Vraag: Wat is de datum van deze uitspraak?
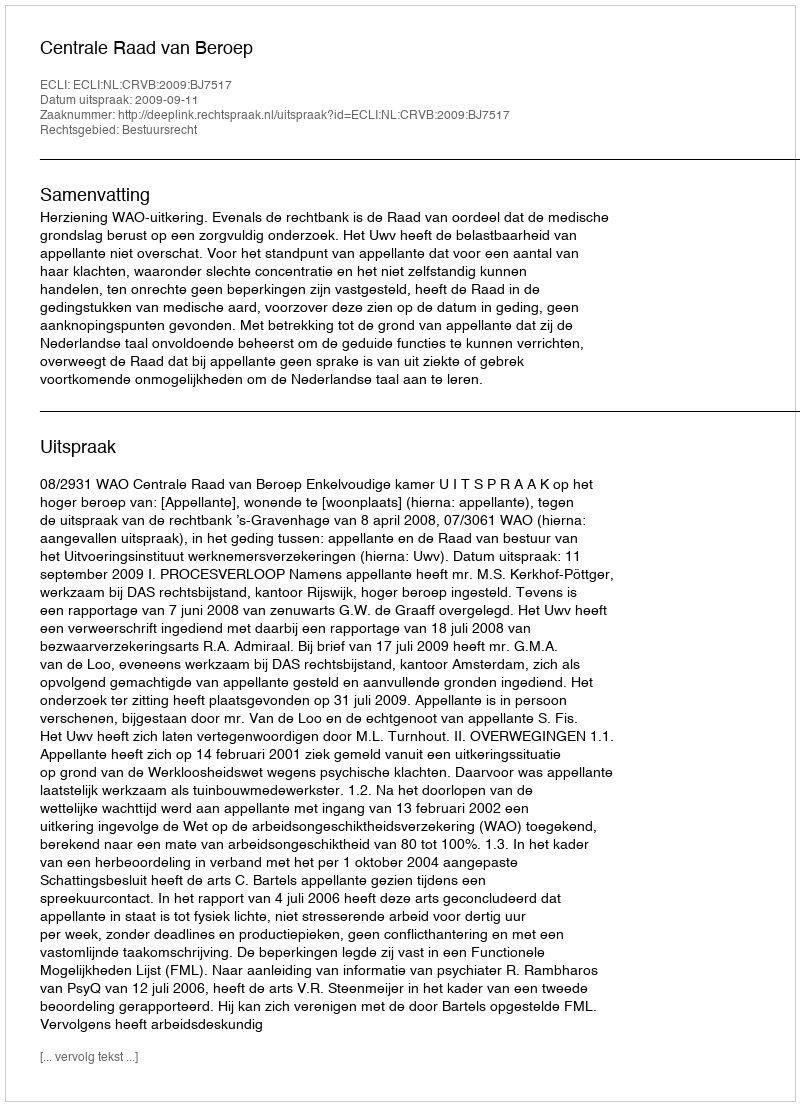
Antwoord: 2009-09-11